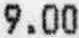
9.00